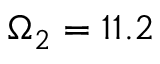
\Omega _ { 2 } = 1 1 . 2